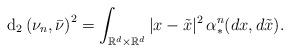
LaTeX: \begin{align*}\mathrm{d}_{2}\left(\nu_{n},\bar{\nu}\right)^{2} = \int_{\mathbb{R}^{d}\times \mathbb{R}^{d}} |x-\tilde{x}|^{2}\, \alpha^{n}_{\ast}(dx,d\tilde{x}).\end{align*}